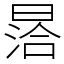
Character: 㬁